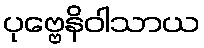
ပုဗ္ဗေနိဝါသာယ